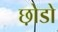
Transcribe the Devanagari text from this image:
छ़ोडो